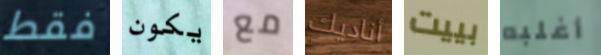
فقط يكون مع أناديك بييت أغلبه